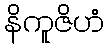
နိကူဇိဟံ